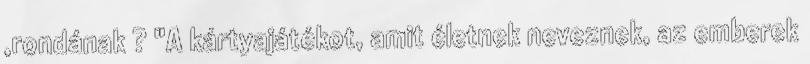
,rondának ? "A kártyajátékot, amit életnek neveznek, az emberek